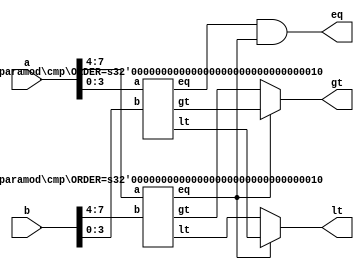
module cmp #(
	parameter ORDER = 3,
	parameter LIMIT = 0
)(
	input [W-1:0] a, input [W-1:0] b, output lt, eq, gt
);
	localparam W = 2 ** ORDER;

	generate
		if (ORDER == LIMIT) begin
			assign lt = a <  b;
			assign eq = a == b;
			assign gt = a >  b;
		end
		else begin
			wire llt, leq, lgt, hlt, heq, hgt;

			cmp #(ORDER-1) l (a[W/2-1:0], b[W/2-1:0], llt, leq, lgt);
			cmp #(ORDER-1) h (a[W-1:W/2], b[W-1:W/2], hlt, heq, hgt);

			assign lt = heq ? llt : hlt;
			assign eq = leq & heq;
			assign gt = heq ? lgt : hgt;
		end
	endgenerate
endmodule